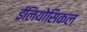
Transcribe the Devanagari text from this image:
ईलियोसिकल